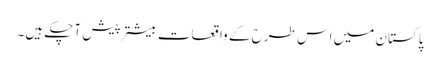
پاکستان میں اس طرح کے واقعات بیشتر پیش آچکے ہیں۔